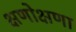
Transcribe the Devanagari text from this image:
क्षणोक्षणा